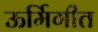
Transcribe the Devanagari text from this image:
ऊर्मिगीत